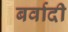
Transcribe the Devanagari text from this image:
बर्वादी